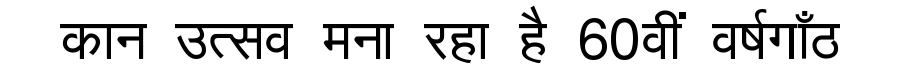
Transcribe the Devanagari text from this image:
कान उत्सव मना रहा है 60वीं वर्षगाँठ